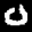
Label: 0